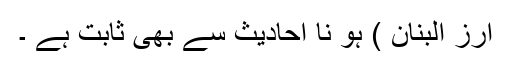
ارز البنان ) ہو نا احادیث سے بھی ثابت ہے ۔